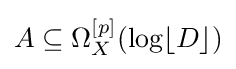
A\subseteq \Omega _{X}^{[p]}(\log \lfloor D\rfloor )